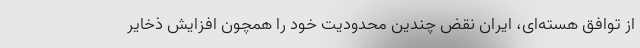
از توافق هسته‌ای، ایران نقض چندین محدودیت خود را همچون افزایش ذخایر